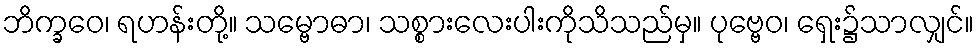
ဘိက္ခဝေ၊ ရဟန်းတို့။ သမ္ဗောဓာ၊ သစ္စားလေးပါးကိုသိသည်မှ။ ပုဗ္ဗေဝ၊ ရှေး၌သာလျှင်။